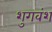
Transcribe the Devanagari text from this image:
शुगवंश